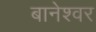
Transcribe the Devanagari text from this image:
बानेश्वर